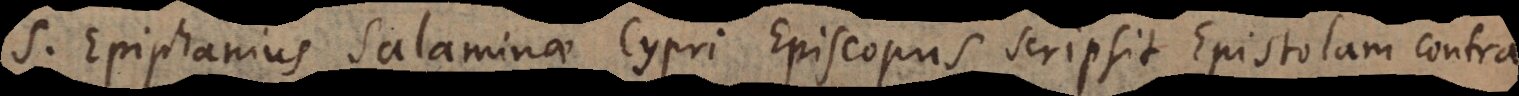
S. Epiphanius Salaminae Cypri Episcopus scripsit Epistolam contra